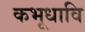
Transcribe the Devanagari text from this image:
कभूधावि